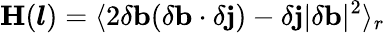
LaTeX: \mathbf{H}(\boldsymbol{l})=\langle 2\delta\mathbf{b}(\delta\mathbf{b}\cdot\delta\mathbf{j})-\delta\mathbf{j}\lvert\delta\mathbf{b}\rvert^{2}\rangle_{r}